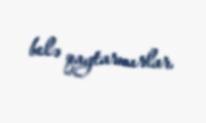
belə qaytarmırlar.